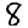
Digit: 8